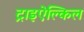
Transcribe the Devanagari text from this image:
ट्राइऐल्किल